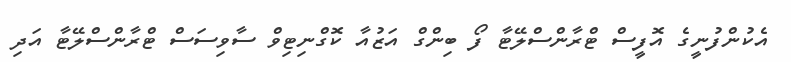
އެކުންފުނީގެ އޮފީސް ޓްރާންސްލޭޓާ ފޯ ބިންގް އަޒުއާ ކޮގްނިޓިވް ސާވިސަސް ޓްރާންސްލޭޓާ އަދި